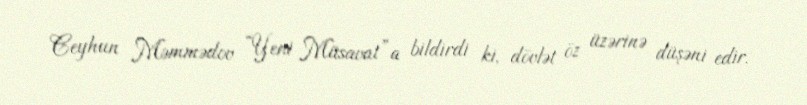
Ceyhun Məmmədov “Yeni Müsavat”a bildirdi ki, dövlət öz üzərinə düşəni edir.